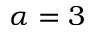
\alpha = 3